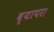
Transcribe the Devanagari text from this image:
व्यापर।